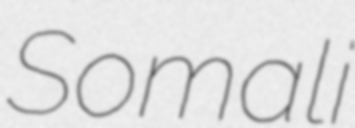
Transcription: Somali